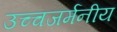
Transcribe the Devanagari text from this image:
उच्चजर्मनीय